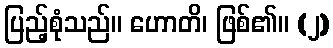
ပြည့်စုံသည်။ ဟောတိ၊ ဖြစ်၏။ (၂)